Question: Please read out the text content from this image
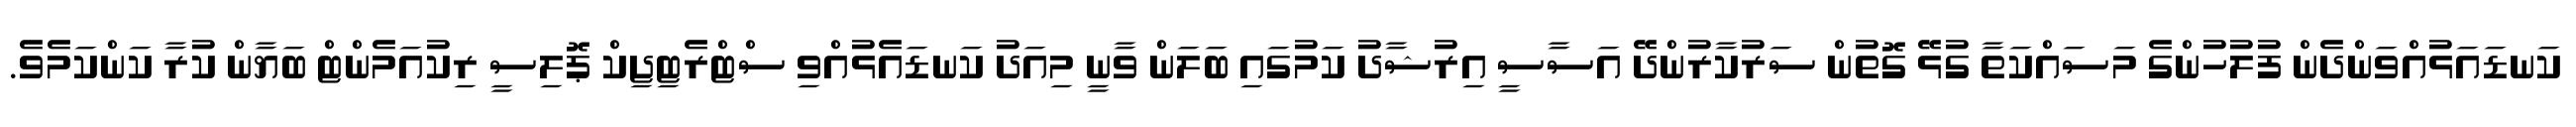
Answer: ކަނޑައަޅުއްވަންދެން ފުލުހުންގެ މަސައްކަތާ ގުޅޭ ގޮތުން ސަރުކާރުންދޭ އަސާސީ އިރުޝާދު ކަމުގައި ބަލަން ވާނީ މިއަދު ކަނޑައެޅުއްވި ސްޓްރެޓިޖިކް ޕޮލިސީ ރިކުއަމެންޓް ބަޔާން ކުރާ ކަންކަމެވެ.